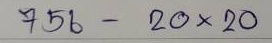
756 - 20 x 20